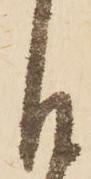
日